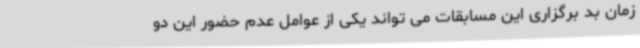
زمان بد برگزاری این مسابقات می تواند یکی از عوامل عدم حضور این دو